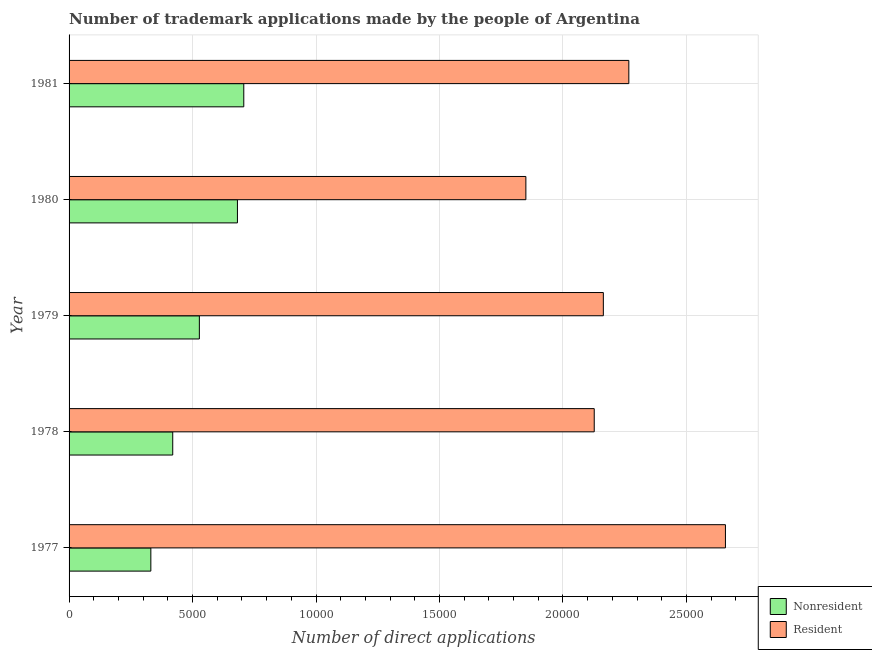
| Year | Nonresident | Resident |
 | --- | --- | --- |
 | 1977 | 3.31e+03 | 2.66e+04 |
 | 1978 | 4.2e+03 | 2.13e+04 |
 | 1979 | 5.28e+03 | 2.16e+04 |
 | 1980 | 6.82e+03 | 1.85e+04 |
 | 1981 | 7.08e+03 | 2.27e+04 |